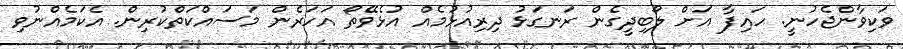
ވަކިވާންޖެހުނީ. ހައިފާ އަށް ލޯބިދީގެން ރަނގަޅު ދިރިއުޅުމެއް އުޅެވޭތޯ އަހަރެން މަސައްކަތްކުރިން. އެކަމެއްނުވި